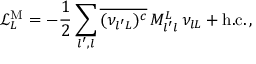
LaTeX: \mathcal { L } _ { L } ^ { \mathrm { M } } = - \frac { 1 } { 2 } \sum _ { l ^ { \prime } , l } \overline { { { ( \nu _ { { l ^ { \prime } } L } ) ^ { c } } } } \, M _ { l ^ { \prime } l } ^ { L } \, \nu _ { { l } L } + \mathrm { h . c . } \, ,